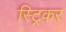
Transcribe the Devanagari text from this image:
स्ट्रिकर